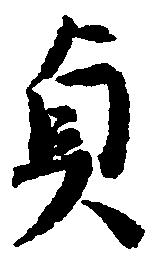
貞